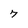
Character: 7